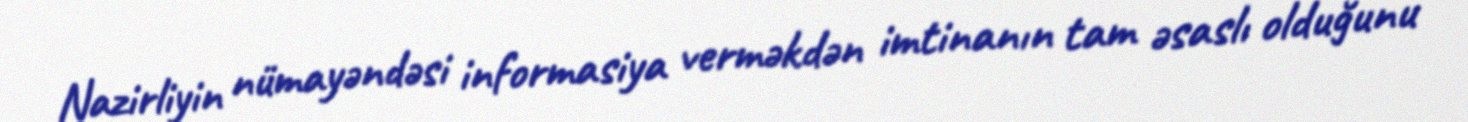
Nazirliyin nümayəndəsi informasiya verməkdən imtinanın tam əsaslı olduğunu